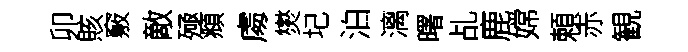
卯賅竅敵殛頫䖏爕圮泊漓曙乩鹿嫦頼赤観